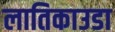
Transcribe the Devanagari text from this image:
लातिकाउडा